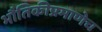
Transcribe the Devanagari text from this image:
भौतिकीप्रमाणेच